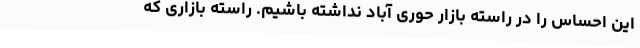
این احساس را در راسته بازار حوری آباد نداشته باشیم. راسته بازاری که